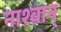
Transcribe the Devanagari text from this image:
नाश्वान्‌